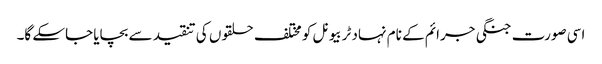
اسی صورت جنگی جرائم کے نام نہاد ٹربیونل کو مختلف حلقوں کی تنقید سے بچایا جاسکے گا۔